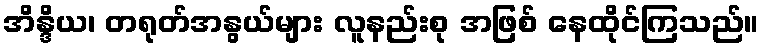
အိန္ဒိယ၊ တရုတ်အနွယ်များ လူနည်းစု အဖြစ် နေထိုင်ကြသည်။